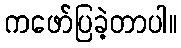
ကဖော်ပြခဲ့တာပါ။